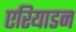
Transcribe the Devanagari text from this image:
एरियाडन